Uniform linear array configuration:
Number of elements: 12
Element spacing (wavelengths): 0.75
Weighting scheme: binomial
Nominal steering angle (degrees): -30
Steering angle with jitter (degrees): -30.425
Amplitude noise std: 0.05
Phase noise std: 0.05

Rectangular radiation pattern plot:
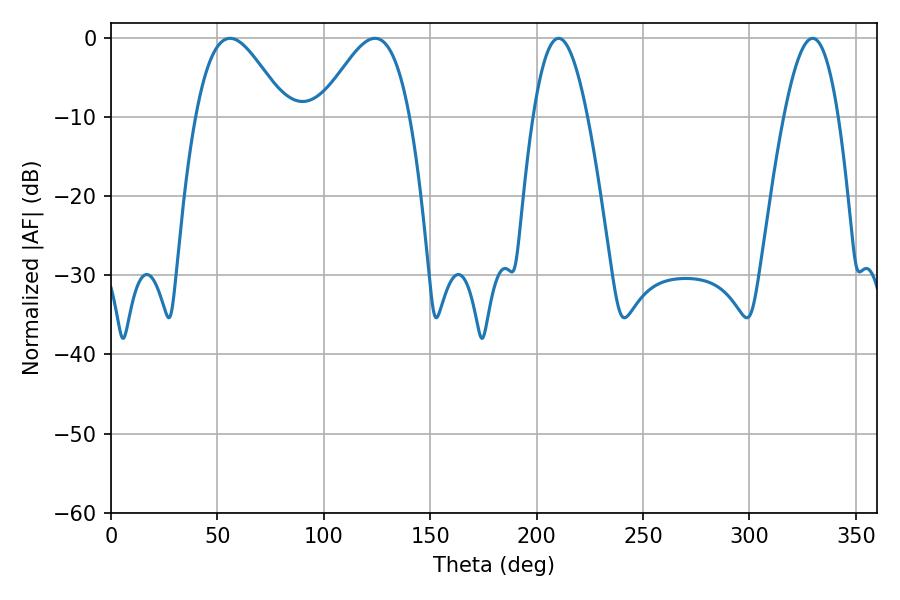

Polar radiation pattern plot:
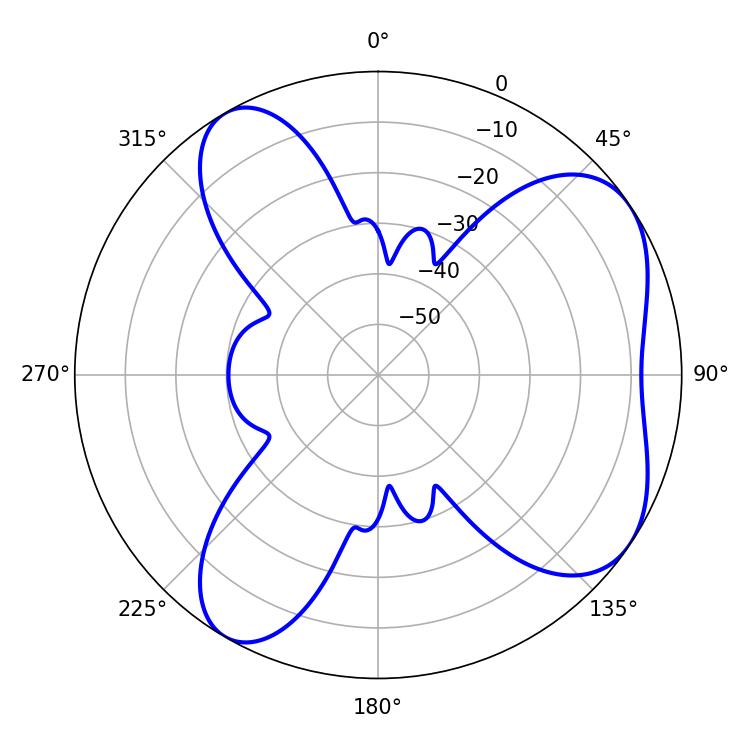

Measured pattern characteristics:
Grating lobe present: TRUE
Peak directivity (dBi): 6.026
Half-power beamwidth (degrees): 22.68
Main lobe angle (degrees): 55.98